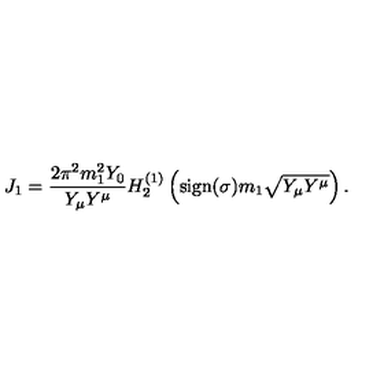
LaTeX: J _ { 1 } = \frac { 2 \pi ^ { 2 } m _ { 1 } ^ { 2 } Y _ { 0 } } { Y _ { \mu } Y ^ { \mu } } H _ { 2 } ^ { ( 1 ) } \left( \mathrm { s i g n } ( \sigma ) m _ { 1 } \sqrt { Y _ { \mu } Y ^ { \mu } } \right) .